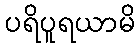
ပရိပူရယာမိ